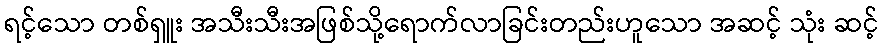
ရင့်သော တစ်ရှူး အသီးသီးအဖြစ်သို့ရောက်လာခြင်းတည်းဟူသော အဆင့် သုံး ဆင့်